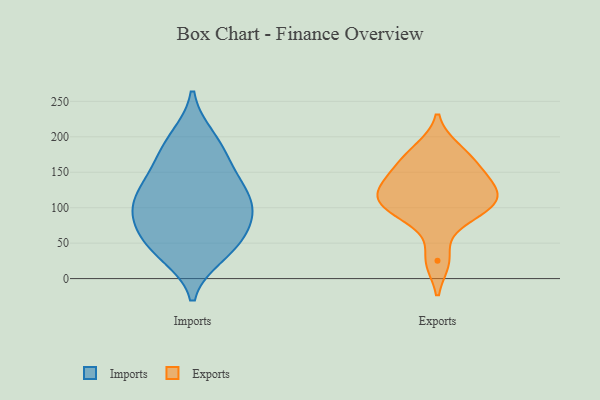
{"axis": {"x": "Energy Usage (MWh)", "y": "Value"}, "legend": ["Exports", "Imports"], "data": [{"x": "", "y": 199, "type": "Imports"}, {"x": "", "y": 131, "type": "Imports"}, {"x": "", "y": 191, "type": "Imports"}, {"x": "", "y": 58, "type": "Imports"}, {"x": "", "y": 45, "type": "Imports"}, {"x": "", "y": 95, "type": "Imports"}, {"x": "", "y": 164, "type": "Imports"}, {"x": "", "y": 111, "type": "Imports"}, {"x": "", "y": 121, "type": "Imports"}, {"x": "", "y": 43, "type": "Imports"}, {"x": "", "y": 102, "type": "Imports"}, {"x": "", "y": 89, "type": "Imports"}, {"x": "", "y": 78, "type": "Imports"}, {"x": "", "y": 153, "type": "Imports"}, {"x": "", "y": 34, "type": "Imports"}, {"x": "", "y": 115, "type": "Exports"}, {"x": "", "y": 84, "type": "Exports"}, {"x": "", "y": 183, "type": "Exports"}, {"x": "", "y": 137, "type": "Exports"}, {"x": "", "y": 25, "type": "Exports"}, {"x": "", "y": 149, "type": "Exports"}, {"x": "", "y": 100, "type": "Exports"}, {"x": "", "y": 166, "type": "Exports"}, {"x": "", "y": 108, "type": "Exports"}, {"x": "", "y": 120, "type": "Exports"}]}